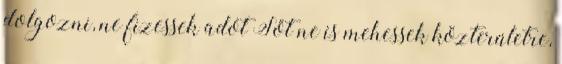
dolgozni, ne fizessek adót Sőt ne is mehessek közterületre,